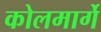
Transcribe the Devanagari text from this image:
कोलमार्गे